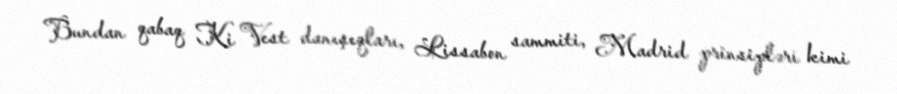
Bundan qabaq Ki Vest danışıqları, Lissabon sammiti, Madrid prinsipləri kimi